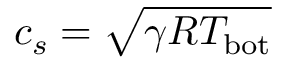
c _ { s } = \sqrt { \gamma R T _ { \mathrm { b o t } } }